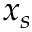
x _ { s }